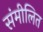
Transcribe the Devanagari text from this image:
संमीलित